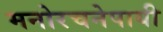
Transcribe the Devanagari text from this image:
मनोरचनेपायी